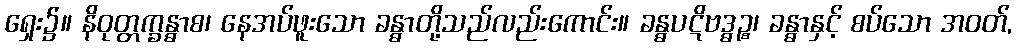
ရှေး၌။ နိဝုတ္တက္ခန္ဓာစ၊ နေအပ်ဖူးသော ခန္ဓာတို့သည်လည်းကောင်း။ ခန္ဓပဋိဗဒ္ဓဉ္စ၊ ခန္ဓာနှင့် စပ်သော အဝတ်,